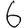
Digit: 6